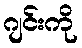
ဂျင်းကို